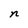
Character: n